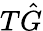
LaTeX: T\hat{G}